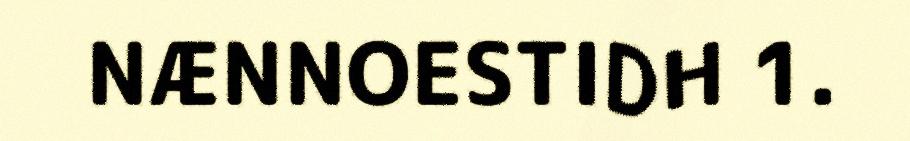
NÆNNOESTIDH 1.